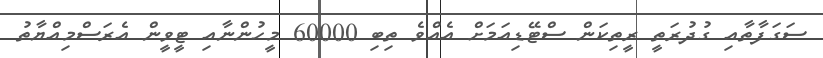
ސަގަފާތާއި ގުދުރަތީ ރީތިކަން ސްޓޭޑިއަމަށް އެއްވެ ތިބި 60000 މީހުންނާއި ޓީވީން އެރަސްމިއްޔާތު